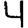
Digit: 4